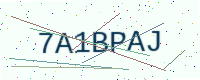
Text: 7A1BPAJ